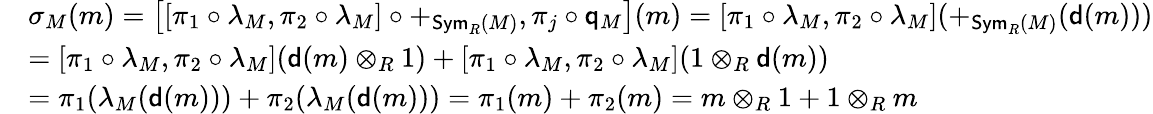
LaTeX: \begin{array}{rl}&{\sigma_{M}(m)=\left[[\pi_{1}\circ\lambda_{M},\pi_{2}\circ\lambda_{M}]\circ+_{\mathsf{Sym}_{R}(M)},\pi_{j}\circ\mathsf{q}_{M}\right](m)=[\pi_{1}\circ\lambda_{M},\pi_{2}\circ\lambda_{M}](+_{\mathsf{Sym}_{R}(M)}(\mathsf{d}(m)))}\\ &{=[\pi_{1}\circ\lambda_{M},\pi_{2}\circ\lambda_{M}](\mathsf{d}(m)\otimes_{R}1)+[\pi_{1}\circ\lambda_{M},\pi_{2}\circ\lambda_{M}](1\otimes_{R}\mathsf{d}(m))}\\ &{=\pi_{1}(\lambda_{M}(\mathsf{d}(m)))+\pi_{2}(\lambda_{M}(\mathsf{d}(m)))=\pi_{1}(m)+\pi_{2}(m)=m\otimes_{R}1+1\otimes_{R}m}\end{array}